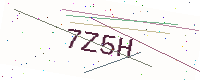
Text: 7Z5H